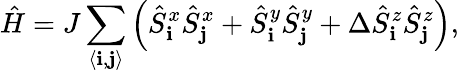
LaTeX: \hat{H}=J\sum_{\langle{\mathbf i},{\mathbf j}\rangle}\left(\hat{S}_{\mathbf i}^{x}\hat{S}_{\mathbf j}^{x}+\hat{S}_{\mathbf i}^{y}\hat{S}_{\mathbf j}^{y}+\Delta\hat{S}_{\mathbf i}^{z}\hat{S}_{\mathbf j}^{z}\right),